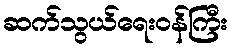
ဆက်သွယ်ရေးဝန်ကြီး